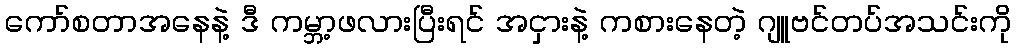
ကော်စတာအနေနဲ့ ဒီ ကမ္ဘာ့ဖလားပြီးရင် အငှားနဲ့ ကစားနေတဲ့ ဂျူဗင်တပ်အသင်းကို